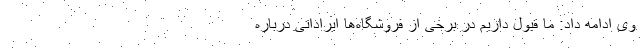
وی ادامه داد: ما قبول داریم در برخی از فروشگاه‌ها ایراداتی درباره